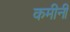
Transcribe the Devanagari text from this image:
कमीनी